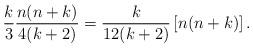
LaTeX: \begin{align*}\frac{k}{3} \frac{n(n+k)}{4(k+2)} = \frac{k}{12(k+2)}\left[ n(n+k) \right].\end{align*}